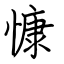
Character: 慷